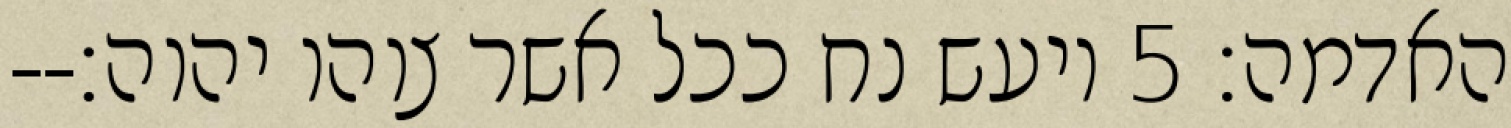
האדמה׃ ‎5‏ ויעש נח ככל אשר צוהו יהוה׃--